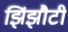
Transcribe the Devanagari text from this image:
झिंझौटी